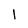
Character: 1